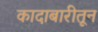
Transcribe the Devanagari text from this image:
कादाबारीतून